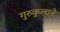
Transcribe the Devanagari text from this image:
गुरुकुलाने